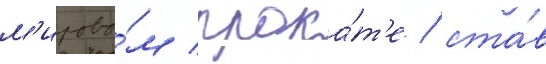
м'ирово́м прока́т'е / ста́в